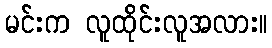
မင်းက လူထိုင်းလူအလား။